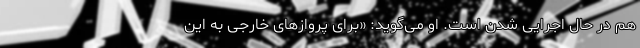
هم در حال اجرایی شدن است. او می‌گوید: «برای پروازهای خارجی به این